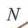
\(N\)